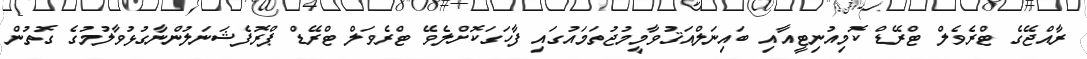
ރާއްޖޭގެ ޓްރެވެލް ޓްރޭޑް ކޮމިއުނިޓީއާއި ބައިނަލްއަޤުވާމީމުޖުތަމައުގައި ފާހަގަކޮށްލެވޭ ޓްރެވަލް ޓްރޭޑް ޕްރޮފެޝަނަލުންނާގުޅުވާލުމުގެ ގޮތުން